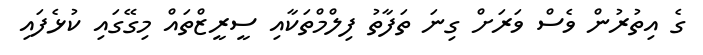
ގެ އިތުރުން ވެސް ވަރަށް ގިނަ ތަފާތު ފިލްމްތަކާއި ސީރީޒްތައް މިގޭގައި ކުޅެފައި